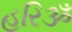
હરિૐ